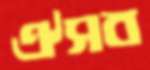
ঐসব